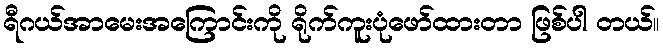
ရီဂယ်အာမေးအကြောင်းကို ရိုက်ကူးပုံဖော်ထားတာ ဖြစ်ပါ တယ်။